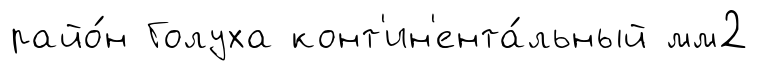
райо́н Голуха конт'ин'ента́льный мм2